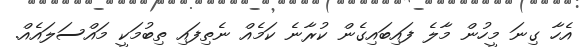
އެހާ ގިނަ މީހުން މާލެ ފައިބައިގެން ކުރާނެ ކަމެއް ނެތިފައި ތިބުމަކީ މައްސަލައެއް.